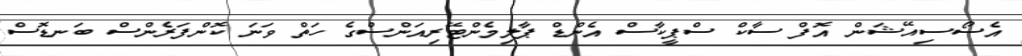
އެސޯސިއޭޝަން އޮފް ސާކް ސްޕީކާސް އެންޑް ޕާލިމެންޓޭރިއަންސްގެ ހަތް ވަނަ ކޮންފަރެންސް ބަނޑޮސް